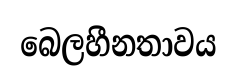
බෙලහීනතාවය